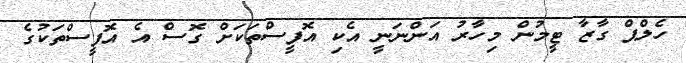
ހެލްޕް ގާޒާ ޓީމުން މިހާރު އަންނަނީ އެކި އޮފީސްތަކަށް ގޮސް އެ އޮފީސްތަކުގެ